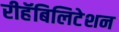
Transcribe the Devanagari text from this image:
रीहॅबिलिटेशन